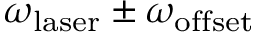
\omega _ { \mathrm { l a s e r } } \pm \omega _ { \mathrm { o f f s e t } }